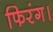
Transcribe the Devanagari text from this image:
फिरंग।